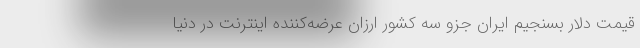
قیمت دلار بسنجیم ایران جزو سه کشور ارزان عرضه‌کننده اینترنت در دنیا